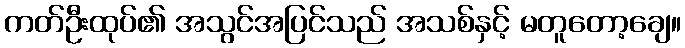
ကတ်ဦးထုပ်၏ အသွင်အပြင်သည် အသစ်နှင့် မတူတော့ချေ။